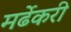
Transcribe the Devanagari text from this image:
मर्ढेकरी